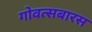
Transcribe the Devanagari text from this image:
गोवत्सबारस